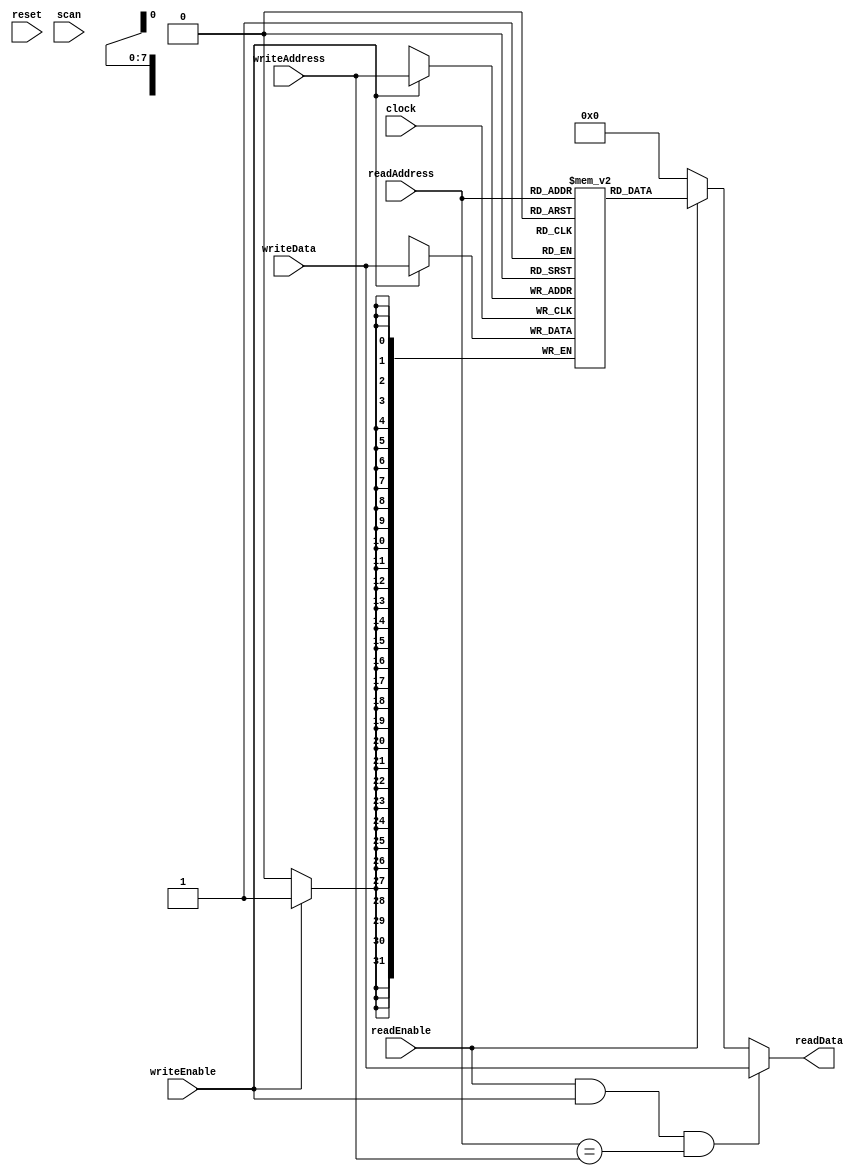
`timescale 1ns / 1ps
//////////////////////////////////////////////////////////////////////////////////
// Company: 
// Engineer: 
// 
// Design Name: 
// Module Name: BSRAM
// Project Name: 
// Target Devices: 
// Tool Versions: 
// Description: 
// 
// Dependencies: 
// 
// Revision:
// Revision 0.01 - File Created
// Additional Comments:
// 
//////////////////////////////////////////////////////////////////////////////////


/** @module : BSRAM
 *  @author : Adaptive & Secure Computing Systems (ASCS) Laboratory

 *  Copyright (c) 2019 BRISC-V (ASCS/ECE/BU)
 *  Permission is hereby granted, free of charge, to any person obtaining a copy
 *  of this software and associated documentation files (the "Software"), to deal
 *  in the Software without restriction, including without limitation the rights
 *  to use, copy, modify, merge, publish, distribute, sublicense, and/or sell
 *  copies of the Software, and to permit persons to whom the Software is
 *  furnished to do so, subject to the following conditions:
 *  The above copyright notice and this permission notice shall be included in
 *  all copies or substantial portions of the Software.

 *  THE SOFTWARE IS PROVIDED "AS IS", WITHOUT WARRANTY OF ANY KIND, EXPRESS OR
 *  IMPLIED, INCLUDING BUT NOT LIMITED TO THE WARRANTIES OF MERCHANTABILITY,
 *  FITNESS FOR A PARTICULAR PURPOSE AND NONINFRINGEMENT. IN NO EVENT SHALL THE
 *  AUTHORS OR COPYRIGHT HOLDERS BE LIABLE FOR ANY CLAIM, DAMAGES OR OTHER
 *  LIABILITY, WHETHER IN AN ACTION OF CONTRACT, TORT OR OTHERWISE, ARISING FROM,
 *  OUT OF OR IN CONNECTION WITH THE SOFTWARE OR THE USE OR OTHER DEALINGS IN
 *  THE SOFTWARE.
 */

//Same cycle read memory access
module BSRAM #(
  parameter CORE = 0,
  parameter DATA_WIDTH = 32,
  parameter ADDR_WIDTH = 8,
  parameter SCAN_CYCLES_MIN = 0,
  parameter SCAN_CYCLES_MAX = 1000
) (
  clock,
  reset,
  readEnable,
  readAddress,
  readData,
  writeEnable,
  writeAddress,
  writeData,
  scan
);

localparam MEM_DEPTH = 1 << ADDR_WIDTH;

input  clock;
input  reset;
input  readEnable;
input  [ADDR_WIDTH-1:0] readAddress;
output [DATA_WIDTH-1:0] readData;
input  writeEnable;
input  [ADDR_WIDTH-1:0] writeAddress;
input  [DATA_WIDTH-1:0] writeData;
input  scan;

wire [DATA_WIDTH-1:0] readData;
reg  [DATA_WIDTH-1:0] sram [0:MEM_DEPTH-1];

assign readData = (readEnable & writeEnable & (readAddress == writeAddress)) ?
                  writeData   : readEnable  ? sram[readAddress] : 0;

always@(posedge clock) begin : RAM_WRITE
  if(writeEnable)
    sram[writeAddress] <= writeData;
end

reg [31: 0] cycles;
always @ (posedge clock) begin
    cycles <= reset? 0 : cycles + 1;
	if (scan & ((cycles >=  SCAN_CYCLES_MIN) & (cycles <= SCAN_CYCLES_MAX)))begin
        $display ("------ Core %d SBRAM Unit - Current Cycle %d --------", CORE, cycles);
        $display ("| Read        [%b]", readEnable);
        $display ("| Read Address[%h]", readAddress);
        $display ("| Read Data   [%h]", readData);
        $display ("| Write       [%b]", writeEnable);
        $display ("| Write Addres[%h]", writeAddress);
        $display ("| Write Data  [%h]", writeData);
        $display ("----------------------------------------------------------------------");
    end
 end

endmodule